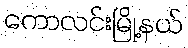
ကောလင်းမြို့နယ်